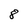
Character: 8